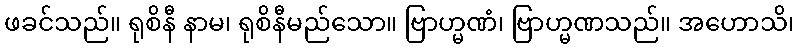
ဖခင်သည်။ ရုစိနီ နာမ၊ ရုစိနီမည်သော။ ဗြာဟ္မဏံ၊ ဗြာဟ္မဏသည်။ အဟောသိ၊